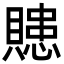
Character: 贃